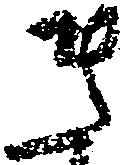
き